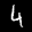
Label: 4